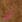
أين